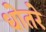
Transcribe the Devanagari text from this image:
धोतरे